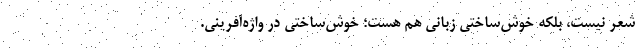
شعر نیست، بلکه خوش‌ساختیِ زبانی هم هست؛ خوش‌ساختی در واژه‌آفرینی.